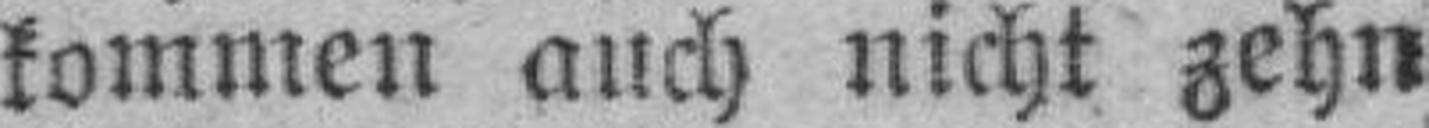
kommen auch nicht zehn